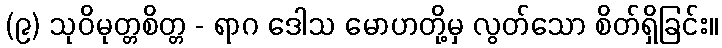
(၉) သုဝိမုတ္တစိတ္တ - ရာဂ ဒေါသ မောဟတို့မှ လွတ်သော စိတ်ရှိခြင်း။